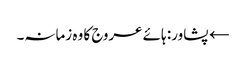
← پشاور: ہائے عروج کا وہ زمانہ۔